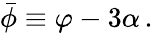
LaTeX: \bar{\phi}\equiv\varphi-3\alpha\, .